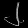
Digit: ၂